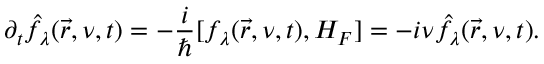
\partial _ { t } \hat { f } _ { \lambda } ( \vec { r } , \nu , t ) = - \frac { i } { \hbar } [ f _ { \lambda } ( \vec { r } , \nu , t ) , H _ { F } ] = - i \nu \hat { f } _ { \lambda } ( \vec { r } , \nu , t ) .